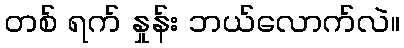
တစ် ရက် နှုန်း ဘယ်လောက်လဲ။